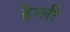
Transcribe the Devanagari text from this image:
हेन्ली